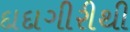
દાદાગીરીથી